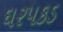
ઘરપકડ